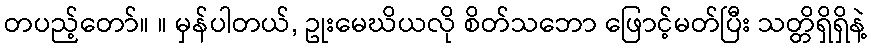
တပည့်တော်။ ။ မှန်ပါတယ်, ဥုးမေဃိယလို စိတ်သဘော ဖြောင့်မတ်ပြီး သတ္တိရှိရှိနဲ့